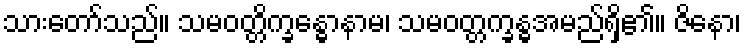
သားတော်သည်။ သမဝတ္တိက္ခန္ဓောနာမ၊ သမဝတ္တက္ခန္ဓအမည်ရှိ၏။ ဇိနော၊